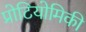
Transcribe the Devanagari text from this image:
प्रोटियोमिकी